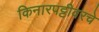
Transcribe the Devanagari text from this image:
किनारपट्टीवरचे